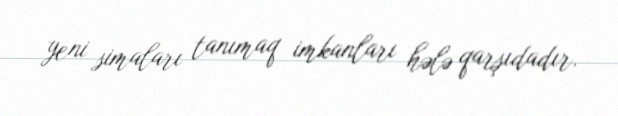
yeni simaları tanımaq imkanları hələ qarşıdadır.